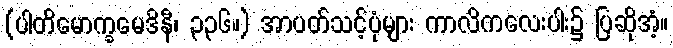
(ပါတိမောက္ခမေဒိနီ၊ ၃၃၆။) အာပတ်သင့်ပုံများ ကာလိကလေးပါး၌ ပြဆိုအံ့။